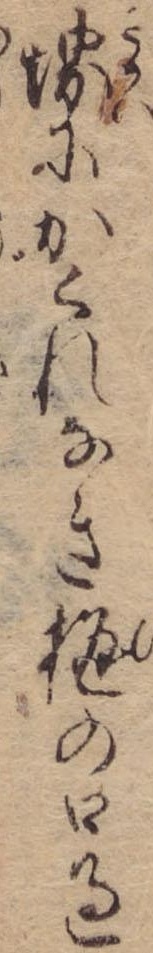
堺にかくれなき樋の口過